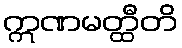
ဣဏမတ္ထီတိ